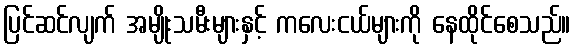
ပြင်ဆင်လျက် အမျိုးသမီးများနှင့် ကလေးငယ်များကို နေထိုင်စေသည်။